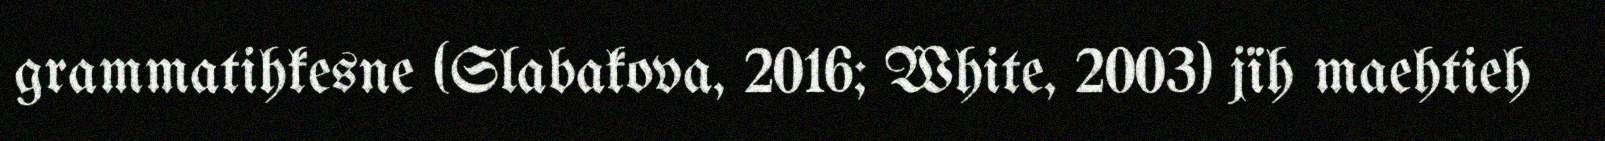
grammatihkesne (Slabakova, 2016; White, 2003) jïh maehtieh